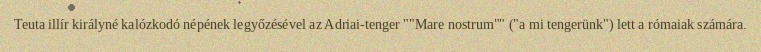
Teuta illír királyné kalózkodó népének legyőzésével az Adriai-tenger ""Mare nostrum"" ("a mi tengerünk") lett a rómaiak számára.